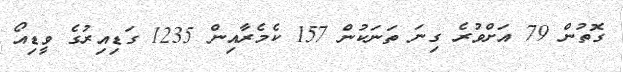
ގޮތުން 79 އަށްވުރެ ގިނަ ތަނަކުން 157 ކެމެރާއިން 1235 ގަޑިއިރުގެ ވީޑިއޯ